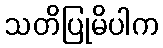
သတိပြုမိပါက